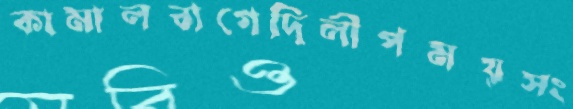
কামালবাগেদিলীপময়সং